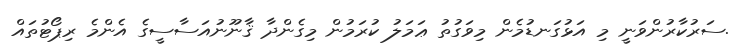
.ސަރުކާރުންވަނީ މި އަޅުގަނޑުމެން މިވަގުތު ޢަމަލު ކުރަމުން މިގެންދާ ޤާނޫނުއަސާސީގެ އެންމެ ރިޕޯޓުތައް